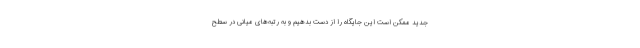
جدید ممکن است این جایگاه را از دست بدهیم و به رتبه‌های میانی در سطح